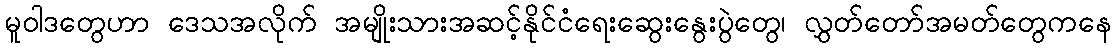
မူဝါဒတွေဟာ ဒေသအလိုက် အမျိုးသားအဆင့်နိုင်ငံရေးဆွေးနွေးပွဲတွေ၊ လွှတ်တော်အမတ်တွေကနေ